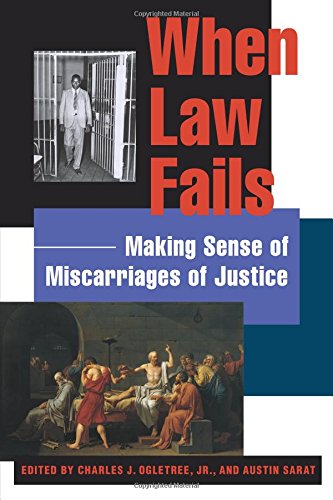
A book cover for When Law Fails: Making Sense of Miscarriages of Justice (Charles Hamilton Houston Institute Series on Race and Justice); Law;